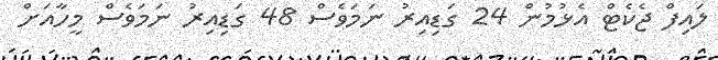
ލައިފް ޖެކެޓް އެޅުމުން 24 ގަޑިއިރު ނަމަވެސް 48 ގަޑިއިރު ނަމަވެސް މީހާއަށް